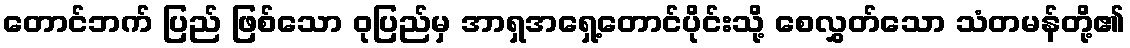
တောင်ဘက် ပြည် ဖြစ်သော ဝုပြည်မှ အာရှအရှေ့တောင်ပိုင်းသို့ စေလွှတ်သော သံတမန်တို့၏